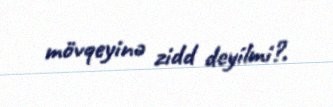
mövqeyinə zidd deyilmi?.